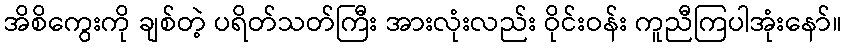
အိစိကွေးကို ချစ်တဲ့ ပရိတ်သတ်ကြီး အားလုံးလည်း ဝိုင်းဝန်း ကူညီကြပါအုံးနော်။